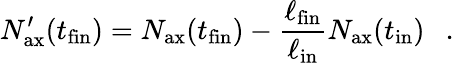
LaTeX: N_{\mathrm{ax}}^{\prime}(t_{\mathrm{fin}})=N_{\mathrm{ax}}(t_{\mathrm{fin}})-{\frac{\ell_{\mathrm{fin}}}{\ell_{\mathrm{in}}}}N_{\mathrm{ax}}(t_{\mathrm{in}})~~\ .